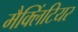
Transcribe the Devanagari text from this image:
मैक्लिंटियर